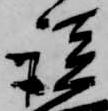
談